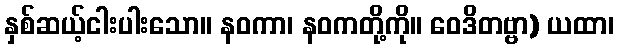
နှစ်ဆယ့်ငါးပါးသော။ နဝကာ၊ နဝကတို့ကို။ ဝေဒိတဗ္ဗာ) ယထာ၊